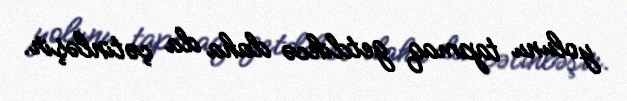
yolunu tapmaq getdikcə daha da çətinləşir.